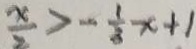
\frac { x } { 2 } > - \frac { 1 } { 3 } x + 1